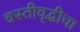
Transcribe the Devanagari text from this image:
वस्तीवृद्धीचा